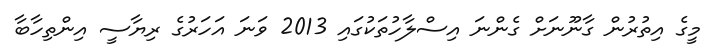
މީގެ އިތުރުން ގާނޫނަށް ގެންނަ އިސްލާހުތަކުގައި 2013 ވަނަ އަހަރުގެ ރިޔާސީ އިންތިހާބާ